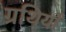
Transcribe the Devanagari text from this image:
ग्रथियाँ